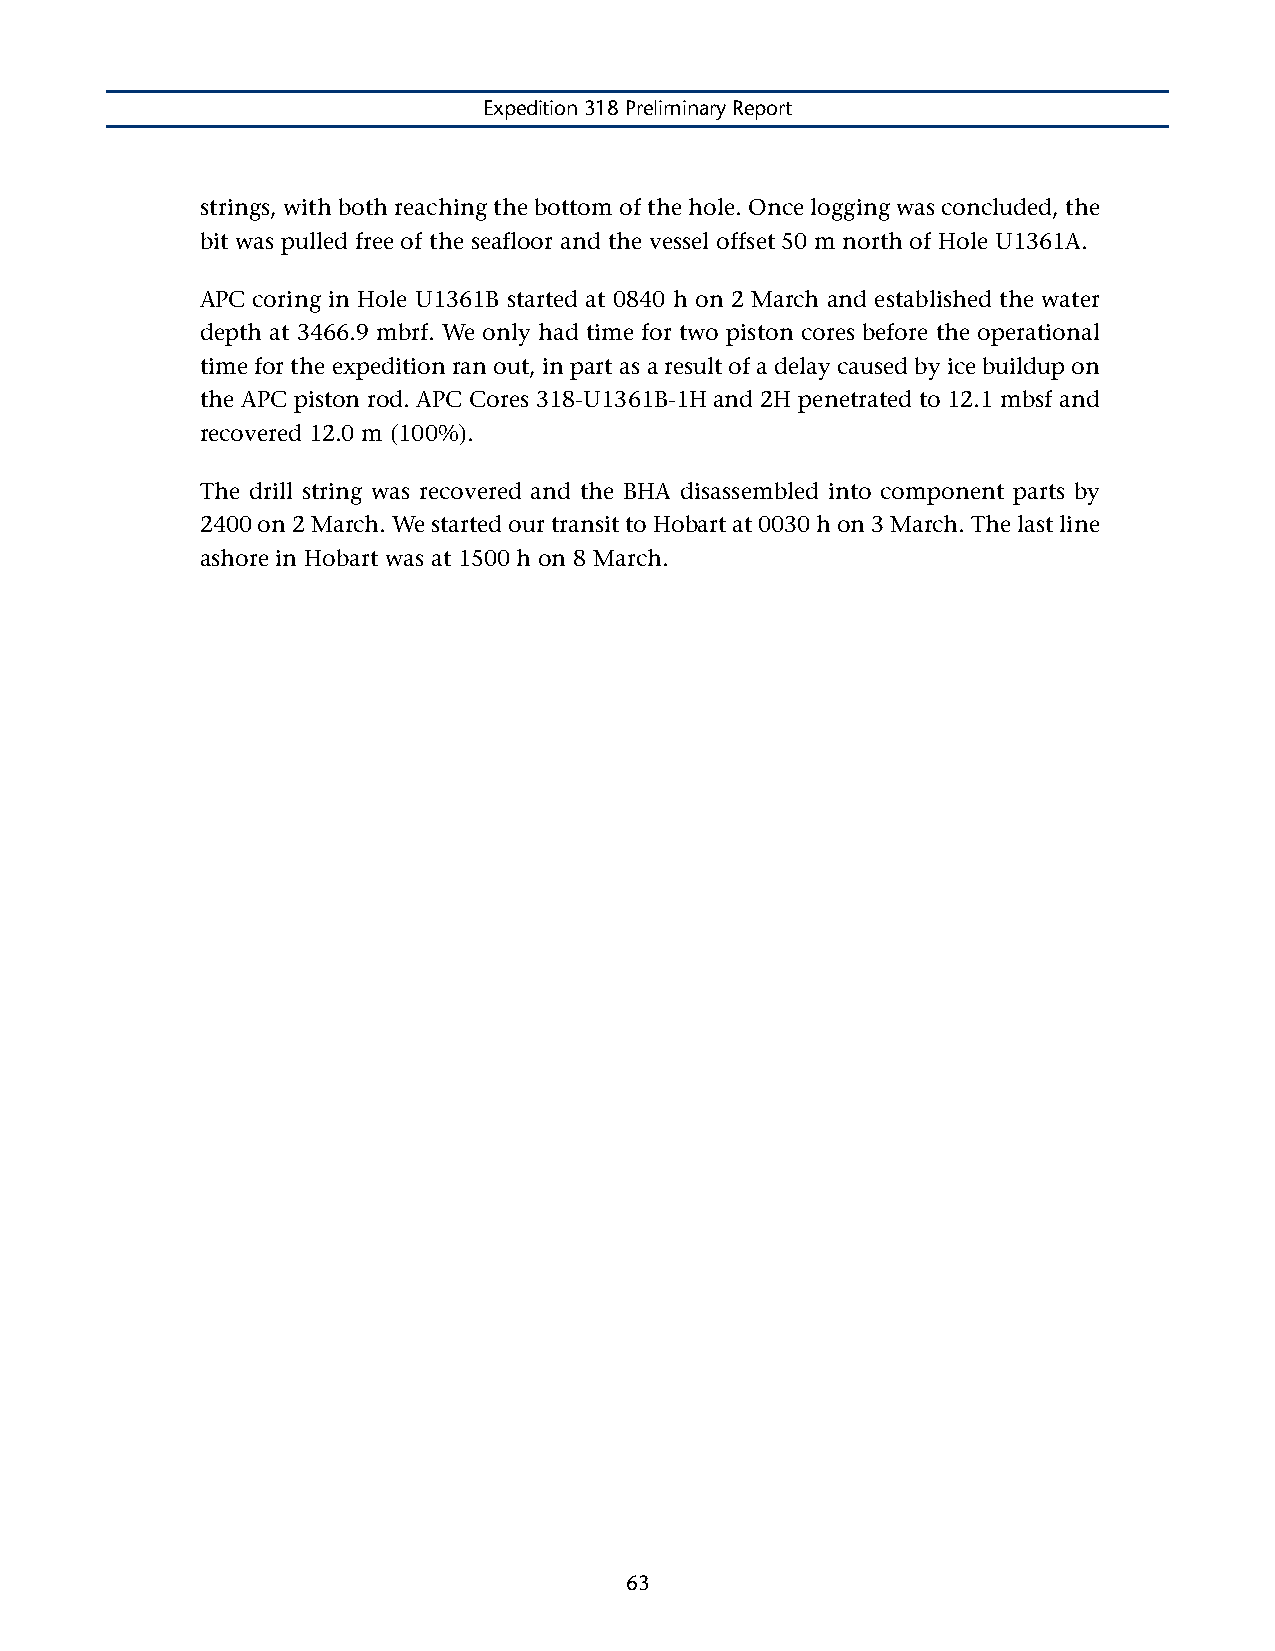
Expedition 318 Preliminary Report
 strings, with both reaching the bottom of the hole. Once logging was concluded, the
 bit was pulled free of the seafloor and the vessel offset 50 m north of Hole U1361A.
 APC coring in Hole U1361B started at 0840 h on 2 March and established the water
 depth at 3466.9 mbrf. We only had time for two piston cores before the operational
 time for the expedition ran out, in part as a result of a delay caused by ice buildup on
 the APC piston rod. APC Cores 318-U1361B-1H and 2H penetrated to 12.1 mbsf and
 recovered 12.0 m (100%).
 The drill string was recovered and the BHA disassembled into component parts by
 2400 on 2 March. We started our transit to Hobart at 0030 h on 3 March. The last line
 ashore in Hobart was at 1500 h on 8 March.
 63